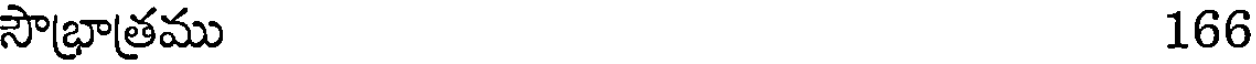
సౌభ్రాత్రము 166